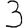
Digit: 3